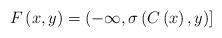
LaTeX: \begin{align*}F\left( x,y\right) =\left( -\infty ,\sigma \left( C\left( x\right) ,y\right)\right]\end{align*}